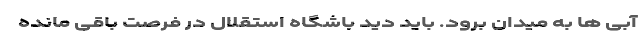
آبی ها به میدان برود. باید دید باشگاه استقلال در فرصت باقی مانده